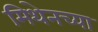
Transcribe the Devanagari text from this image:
मिथेनच्या